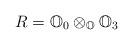
LaTeX: \begin{align*}R= \mathbb{O}_0\otimes_\mathbb{O} \mathbb{O}_3\end{align*}